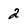
Character: 2